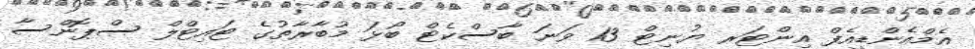
އެމްއެންޑީއެފް އިންޓަރ ޔުނިޓް 13 ވަނަ ބާސްކެޓް ބޯޅަ މުބާރާތުގެ ޓައިޓްލް ސްޕޮންސާ